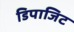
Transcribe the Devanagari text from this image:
डिपाजिट